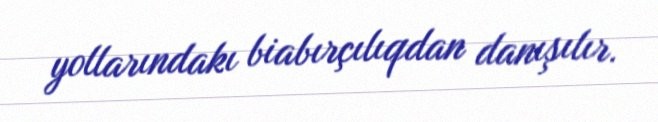
yollarındakı biabırçılıqdan danışılır.